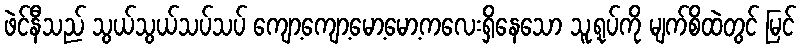
ဖဲင်နီသည် သွယ်သွယ်သပ်သပ် ကျော့ကျော့မော့မော့ကလေးရှိနေသော သူ့ရုပ်ကို မျက်စိထဲတွင် မြင်